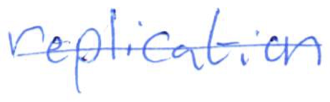
Text: replication
Cross-out: single-line
Writing tool: ballpoint